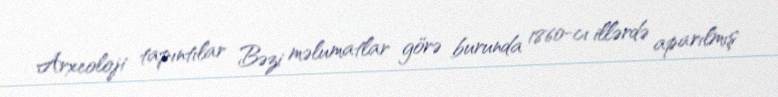
Arxeoloji tapıntılar Bəzi məlumatlar görə burunda 1860-cı illərdə aparılmış